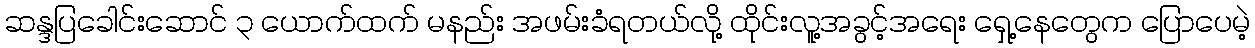
ဆန္ဒပြခေါင်းဆောင် ၃ ယောက်ထက် မနည်း အဖမ်းခံရတယ်လို့ ထိုင်းလူ့အခွင့်အရေး ရှေ့နေတွေက ပြောပေမဲ့